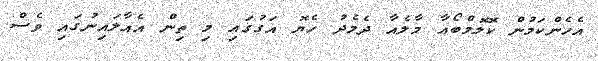
އެހެންކަމުން ކޮލޮމްބޯއާ މާލެއާ ދެމެދު ހެޔޮ އަގުގައި މި ތިން އެއާލައިނުގައި ވެސް